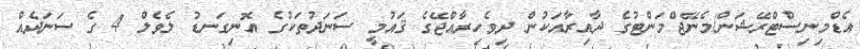
އެޑްމިނިސްޓްރޭޝަން/މެނޭޖްމަންޓުގެ ދާއިރާއަކުން ދިވެހިރާއްޖޭގެ ޤައުމީ ސަނަދުތަކުގެ އޮނިގަނޑު ލެވެލް 4 ގެ ސަނަދެއް